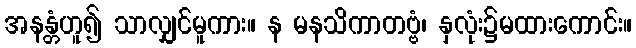
အနန္တံဟူ၍ သာလျှင်မူကား။ န မနသိကာတဗ္ဗံ၊ နှလုံး၌မထားကောင်း။